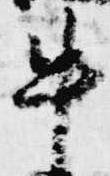
牛